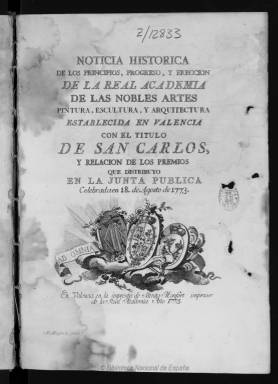
Título: Noticia histórica de los principios, progreso y erección de la Real Academia de las Nobles Artes ... de San Carlos, y relación de los premios ...
Otros títulos: Noticia histórica de los principios, progreso y erección de la Real Academia de las Nobles Artes, pintura, escultura y arquitectura, establecida en Valencia con el título de San Carlos, y relación de los premios que distribuyó en la junta pública
Colección: Anuarios e informes
Ámbito geográfico: Valencia
Lugar de publicación: Valencia
Fechas: 01/01/1773-31/12/1773

Primera memoria de la conocida como Real Academia de Bellas Artes de San Carlos de Valencia, fundada en torno a 1753, bajo el patrocinio de Santa Bárbara, en honor a la reina Bárbara de Braganza, esposa de Fernando VI. Aparece estampada en 1773 por el impresor, editor y librero Benito Monfort (1715-1785), año este en el que su junta otorga una serie de premios en las distintas disciplinas que la componían (pintura, escultura y arquitectura). Además de ofrecer la relación de estos, contiene una reseña de la academia y de su junta de gobierno, con la indicación de quienes la integraban y una relación de los académicos de mérito. También inserta la oración y alabanza de las tres nobles artes pronunciada por don Antonio López Portillo, académico de honor y canónigo de la catedral valenciana, que fallecería en 1780.

La valenciana, siguiendo también el modelo francés como en el resto de Europa y coincidiendo con el ideario de la Ilustración, venía desarrollando sus trabajos en un momento de auge de las academias a través del mecenazgo real o estatal, que había sustituido al anterior aristocrático y clerical. En ellas se agrupaban y formaban los artistas locales bajo la dirección de otros ya famosos o consagrados, así como teóricos del arte que se encontraban al servio del monarca, tal como señala Adela Espinós Díaz en uno de los artículos del volumen editado por Romà de la Calle con motivo de la conmemoración de la academia valenciana (2009).

El impreso de esta Noticia… es de 69 páginas foliadas, más una hoja con la portada. En esta aparecen los escudos de Valencia y de la academia y el emblema de esta, y en la primera página un grabado con la efigie de Carlos III junto a una alegoría de las artes, estampaciones ambas del dibujante y grabador Manuel Monfort Asensi (1736-1806), director de grabado de la academia e hijo del ya citado impresor. En las páginas tres y  56, inserta otros dos del pintor y grabador José Camarón Bonanat (1731-1803), pero con la indicación de los también artistas Joaquín Ballester (1740-1808) y Manuel Bru (1736-1802), respectivamente.

A partir de 1776, la academia valenciana reinicia la publicación de sus memorias bajo el título Continuación de la Noticia histórica de la Real Academia de las Nobles Artes…, que también forma parte de esta colección de la Hemeroteca Digital de la BNE.